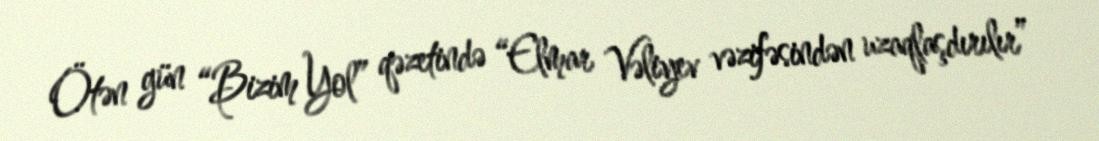
Ötən gün “Bizim Yol” qəzetində “Elmar Vəliyev vəzifəsindən uzaqlaşdırılır”